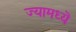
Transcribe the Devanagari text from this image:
ज्यामध्यॆ